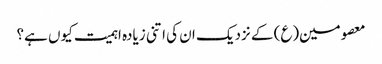
معصومین(ع) کے نزدیک ان کی اتنی زیادہ اہمیت کیوں ہے؟